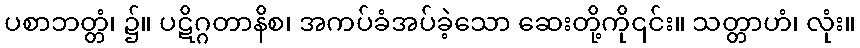
ပစာဘတ္တံ၊ ၌။ ပဋိဂ္ဂတာနိစ၊ အကပ်ခံအပ်ခဲ့သော ဆေးတို့ကို၎င်း။ သတ္တာဟံ၊ လုံး။